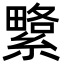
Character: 䌎